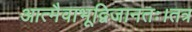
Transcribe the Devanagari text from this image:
आत्मैवाभूद्विजानतः।तत्र